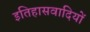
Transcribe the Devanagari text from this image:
इतिहासवादियों